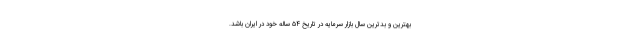
بهترین و بدترین سال بازار سرمایه در تاریخ ۵۴ ساله خود در ایران باشد.